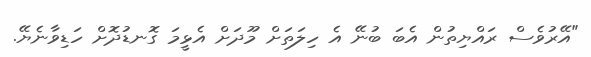
"އޭރުވެސް ރައްޔިތުން އެބަ ބުނޭ އެ ހިލަތަށް މޫދަށް އެޅީމަ ގޮނޑުދޮށް ހަޑިވާނެޔޭ.